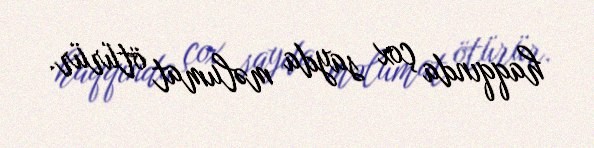
haqqında çox sayda məlumat ötürür.